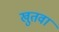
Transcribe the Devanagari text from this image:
खुतवा